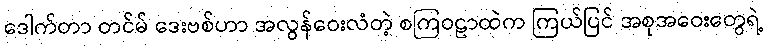
ဒေါက်တာ တင်မ် ဒေးဗစ်ဟာ အလွန်ဝေးလံတဲ့ စကြဝဠာထဲက ကြယ်ပြင် အစုအဝေးတွေရဲ့